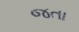
જતા